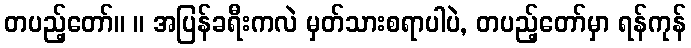
တပည့်တော်။ ။ အပြန်ခရီးကလဲ မှတ်သားစရာပါပဲ, တပည့်တော်မှာ ရန်ကုန်